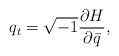
\begin{align*}q_t=\sqrt{-1}\frac{\partial H}{\partial \bar q},\end{align*}